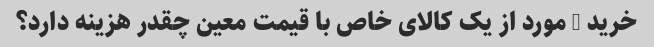
خرید 3 مورد از یک کالای خاص با قیمت معین چقدر هزینه دارد؟